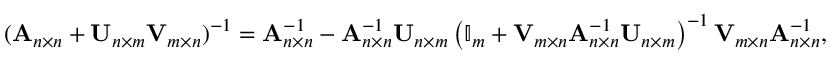
( \mathbf { A } _ { n \times n } + \mathbf { U } _ { n \times m } \mathbf { V } _ { m \times n } ) ^ { - 1 } = \mathbf { A } _ { n \times n } ^ { - 1 } - \mathbf { A } _ { n \times n } ^ { - 1 } \mathbf { U } _ { n \times m } \left( \mathbb { I } _ { m } + \mathbf { V } _ { m \times n } \mathbf { A } _ { n \times n } ^ { - 1 } \mathbf { U } _ { n \times m } \right) ^ { - 1 } \mathbf { V } _ { m \times n } \mathbf { A } _ { n \times n } ^ { - 1 } ,